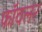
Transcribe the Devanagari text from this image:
फॉवलर